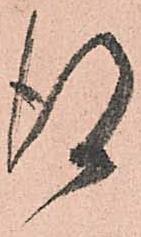
得